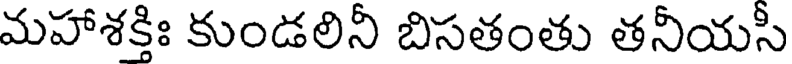
మహాశక్తిః కుండలినీ బిసతంతు తనీయసీ